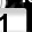
Digit: 1